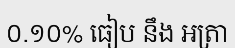
០.១០% ធៀប នឹង អត្រា